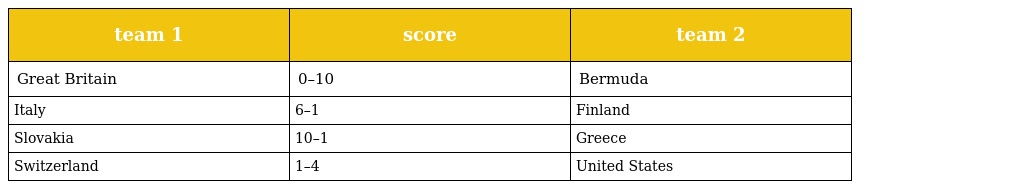
| team 1 | score | team 2 |
 | --- | --- | --- |
 | Great Britain | 0–10 | Bermuda |
 | Italy | 6–1 | Finland |
 | Slovakia | 10–1 | Greece |
 | Switzerland | 1–4 | United States |